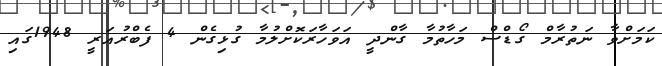
ކަމަށްވާ ނަތުރާމް ގޯޑްސް މަހާތުމާ ގާންދީ އަވަހާރަކޮށްލުމާ ގުޅިގެން 4 ފެބްރުއަރީ 1948ގައި